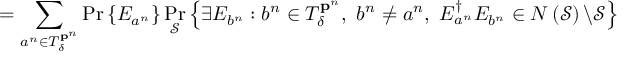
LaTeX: = \sum _ { a ^ { n } \in T _ { \delta } ^ { \mathbf { p } ^ { n } } } \operatorname* { P r } \left\{ E _ { a ^ { n } } \right\} \operatorname* { P r } _ { \mathcal { S } } \left\{ \exists E _ { b ^ { n } } : b ^ { n } \in T _ { \delta } ^ { \mathbf { p } ^ { n } } , \ b ^ { n } \neq a ^ { n } , \ E _ { a ^ { n } } ^ { \dagger } E _ { b ^ { n } } \in N \left( { \mathcal { S } } \right) \backslash { \mathcal { S } } \right\}